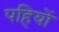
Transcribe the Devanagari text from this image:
पहियोें